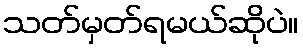
သတ်မှတ်ရမယ်ဆိုပဲ။